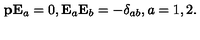
{ \bf p } { \bf E } _ { a } = 0 , { \bf E } _ { a } { \bf E } _ { b } = - \delta _ { a b } , a = 1 , 2 .